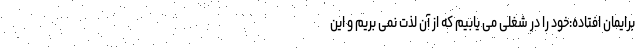
برایمان افتاده:خود را در شغلی می یابیم که از آن لذت نمی بریم و این